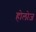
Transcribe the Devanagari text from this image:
होलोज़